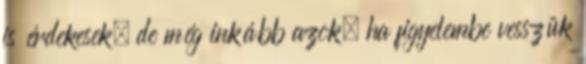
is érdekesek, de még inkább azok, ha figyelembe vesszük